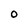
Character: O